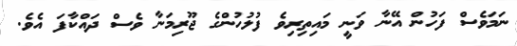
ނަމަވެސް ފަހުން އޭނާ ވަނީ މައިތިރިވެ ފުލުހުންގެ ޖޫރިމަނާ ވެސް ދައްކާފަ އެވެ.